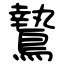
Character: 鷙